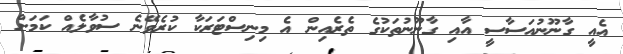
އެއީ ގާނޫނުއަސާސީ އާއި ގާނޫނުތަކުގެ ތެރެއިން އެ މިނިސްޓަރަކާ ކުރެވޭނެ ސުވާލެއް ކަމަށް